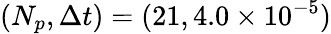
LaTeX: (N_{p},\Delta t)=(21,4.0\times 10^{-5})